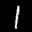
Label: 1